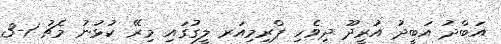
އަބްދު އަބީދު އުރީދޫ ދިވެހި ޕްރިމިއަރ ލީގުގައި މިރޭ ކުޅުނު މެޗު 1-3